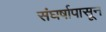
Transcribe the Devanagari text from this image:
संघर्षापासून